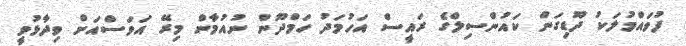
ފުވައްމުލަކު ދޫޑިގަން ކައުންސިލްގެ ރައީސް އަހުމަދު ހަމްދޫން ނުއުމާން މިރޭ އަވަސްއަށް ވިދާޅުވީ